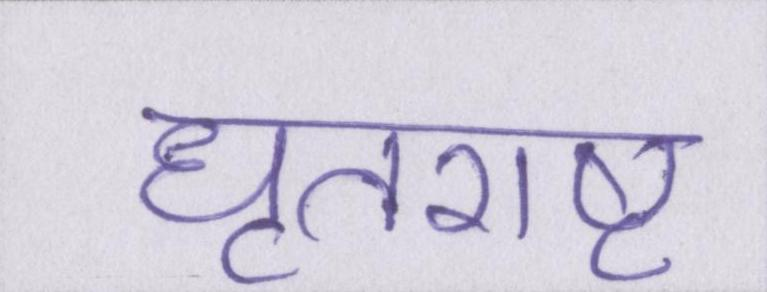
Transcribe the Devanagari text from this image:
धृतराष्ट